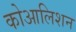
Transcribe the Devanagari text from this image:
कोआलिशन